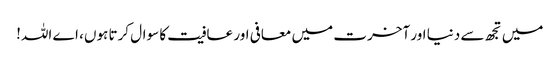
میں تجھ سے دنیا اور آخرت میں معافی اور عافیت کا سوال کرتا ہوں، اے اللہ!